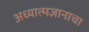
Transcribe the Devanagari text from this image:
अध्यात्मज्ञानाचा